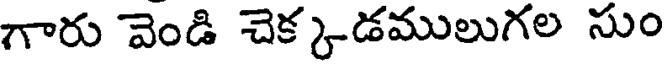
గారు వెండి చెక్కడములుగల సుం